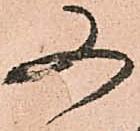
又